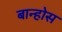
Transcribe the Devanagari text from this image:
बान्होस